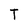
Character: T